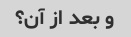
و بعد از آن؟